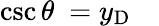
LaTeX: \csc\theta\ =y_{\mathrm{D}}\quad